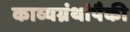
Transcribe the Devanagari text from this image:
काव्यग्रंथांपैकी